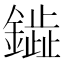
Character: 𫓋